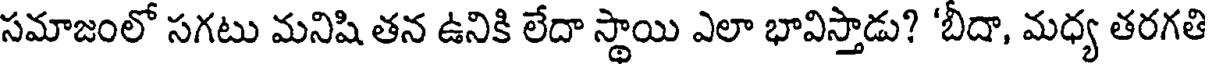
సమాజంలో సగటు మనిషి తన ఉనికి లేదా స్థాయి ఎలా భావిస్తాడు? 'బీదా, మధ్య తరగతి